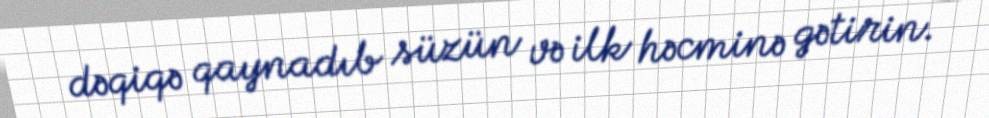
dəqiqə qaynadıb süzün və ilk həcminə gətirin.